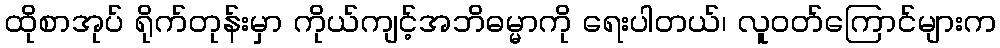
ထိုစာအုပ် ရိုက်တုန်းမှာ ကိုယ်ကျင့်အဘိဓမ္မာကို ရေးပါတယ်၊ လူဝတ်ကြောင်များက